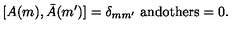
[ A ( m ) , \bar { A } ( m ^ { \prime } ) ] = \delta _ { m m ^ { \prime } } \ \mathrm { a n d o t h e r s } = 0 .